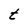
Character: t